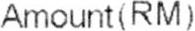
AMOUNT(RM)